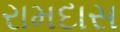
રામદાસ